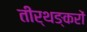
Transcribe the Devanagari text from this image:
तीर्थङ्करों